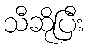
သီဆိုပြီး